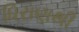
ધિરાણથી